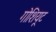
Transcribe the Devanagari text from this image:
गोशियूट